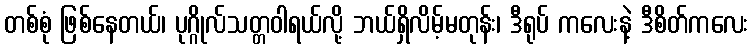
တစ်စုံ ဖြစ်နေတယ်၊ ပုဂ္ဂိုလ်သတ္တဝါရယ်လို့ ဘယ်ရှိလိမ့်မတုန်း၊ ဒီရုပ် ကလေးနဲ့ ဒီစိတ်ကလေး